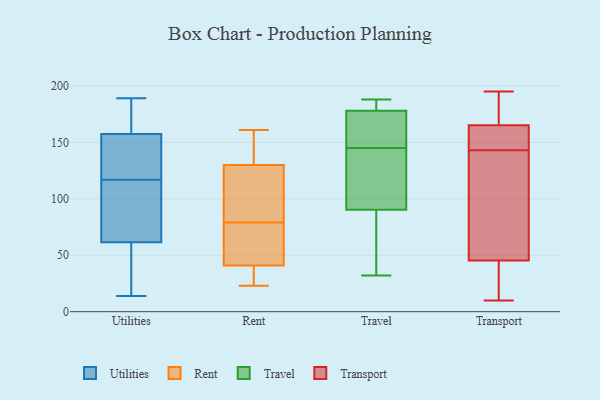
{"axis": {"x": "Customer Acquisition Cost (USD)", "y": "Value"}, "legend": ["Rent", "Transport", "Travel", "Utilities"], "data": [{"x": "", "y": 59, "type": "Utilities"}, {"x": "", "y": 184, "type": "Utilities"}, {"x": "", "y": 128, "type": "Utilities"}, {"x": "", "y": 158, "type": "Utilities"}, {"x": "", "y": 35, "type": "Utilities"}, {"x": "", "y": 189, "type": "Utilities"}, {"x": "", "y": 117, "type": "Utilities"}, {"x": "", "y": 103, "type": "Utilities"}, {"x": "", "y": 177, "type": "Utilities"}, {"x": "", "y": 140, "type": "Utilities"}, {"x": "", "y": 26, "type": "Utilities"}, {"x": "", "y": 14, "type": "Utilities"}, {"x": "", "y": 109, "type": "Utilities"}, {"x": "", "y": 156, "type": "Utilities"}, {"x": "", "y": 69, "type": "Utilities"}, {"x": "", "y": 67, "type": "Rent"}, {"x": "", "y": 35, "type": "Rent"}, {"x": "", "y": 140, "type": "Rent"}, {"x": "", "y": 74, "type": "Rent"}, {"x": "", "y": 117, "type": "Rent"}, {"x": "", "y": 27, "type": "Rent"}, {"x": "", "y": 84, "type": "Rent"}, {"x": "", "y": 23, "type": "Rent"}, {"x": "", "y": 56, "type": "Rent"}, {"x": "", "y": 130, "type": "Rent"}, {"x": "", "y": 41, "type": "Rent"}, {"x": "", "y": 161, "type": "Rent"}, {"x": "", "y": 149, "type": "Rent"}, {"x": "", "y": 107, "type": "Rent"}, {"x": "", "y": 145, "type": "Travel"}, {"x": "", "y": 32, "type": "Travel"}, {"x": "", "y": 74, "type": "Travel"}, {"x": "", "y": 180, "type": "Travel"}, {"x": "", "y": 141, "type": "Travel"}, {"x": "", "y": 65, "type": "Travel"}, {"x": "", "y": 165, "type": "Travel"}, {"x": "", "y": 139, "type": "Travel"}, {"x": "", "y": 172, "type": "Travel"}, {"x": "", "y": 188, "type": "Travel"}, {"x": "", "y": 188, "type": "Travel"}, {"x": "", "y": 193, "type": "Transport"}, {"x": "", "y": 148, "type": "Transport"}, {"x": "", "y": 166, "type": "Transport"}, {"x": "", "y": 41, "type": "Transport"}, {"x": "", "y": 11, "type": "Transport"}, {"x": "", "y": 58, "type": "Transport"}, {"x": "", "y": 140, "type": "Transport"}, {"x": "", "y": 126, "type": "Transport"}, {"x": "", "y": 195, "type": "Transport"}, {"x": "", "y": 163, "type": "Transport"}, {"x": "", "y": 143, "type": "Transport"}, {"x": "", "y": 192, "type": "Transport"}, {"x": "", "y": 162, "type": "Transport"}, {"x": "", "y": 10, "type": "Transport"}, {"x": "", "y": 30, "type": "Transport"}, {"x": "", "y": 185, "type": "Transport"}, {"x": "", "y": 35, "type": "Transport"}, {"x": "", "y": 120, "type": "Transport"}, {"x": "", "y": 152, "type": "Transport"}]}